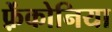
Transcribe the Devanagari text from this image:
फ़्रेंकोनिया